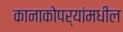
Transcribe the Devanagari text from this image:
कानाकोपर्‍यांमधील